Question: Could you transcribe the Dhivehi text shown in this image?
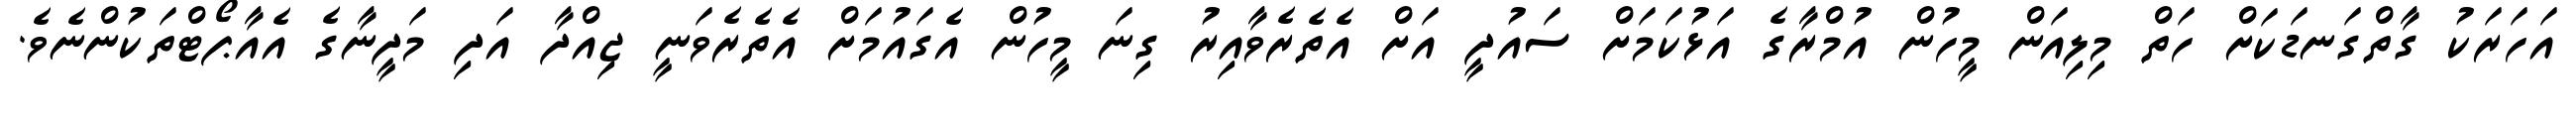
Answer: އަހަރަކު ގާތްގަނޑަކަށް ހަތް މިލިއަން މީހުން އުމްރާގެ އަޅުކަމަށް ސައުދީ އަށް އެތެރެވާއިރު ގިނަ މީހުން އެގައުމަށް އެތެރެވަނީ ޖިއްދާ އަދި މަދީނާގެ އެއާޕޯޓްތަކުންނެވެ.